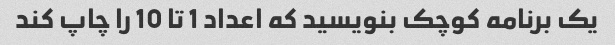
یک برنامه کوچک بنویسید که اعداد 1 تا 10 را چاپ کند